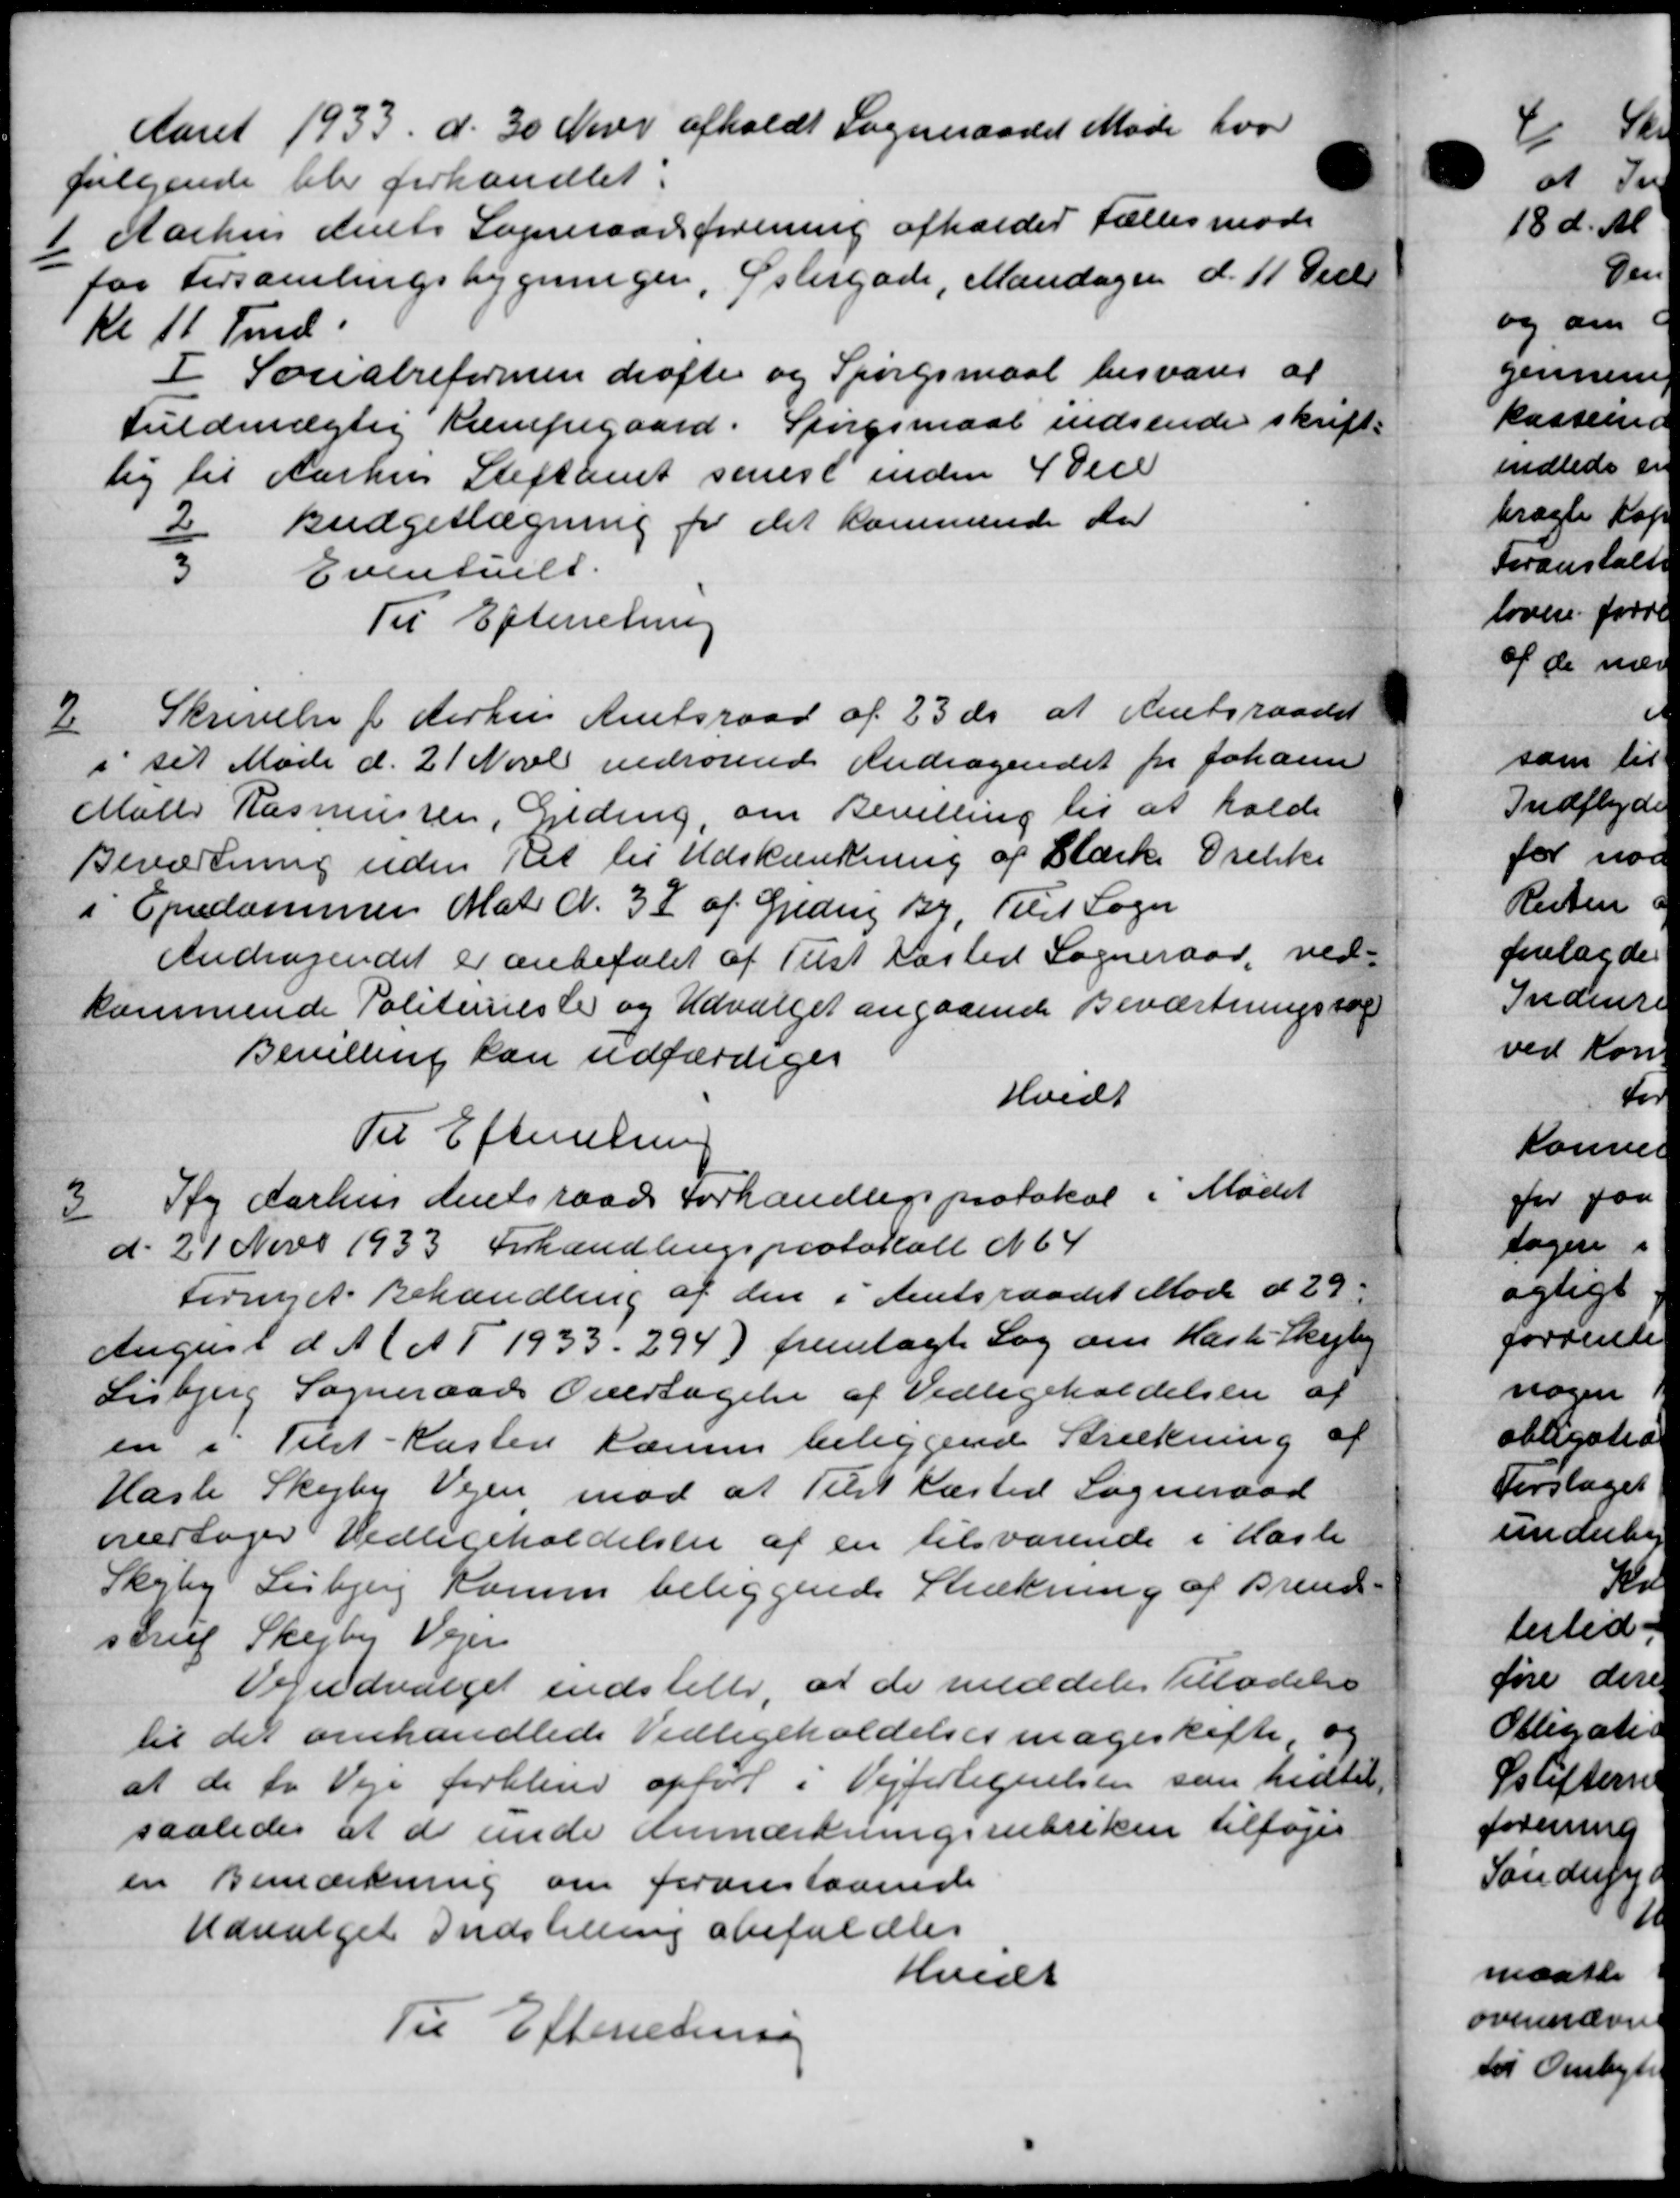
Transskription:
Aaret 1933 d. 30 Novr afholdt Sogneraadet Møde hvor
følgende blev forhandlet:
1
Aarhus Amts Sogneraadsforening afholder Fællesmøde
for Forsamlingsbygningen, Østergade, Mandagen d. 11 Decbr
Kl 11 Fmd.
I Socialreformen drøfte og Spørgsmaal besvares af
fuldmægtig Kæmpegaard. Spørgsmaal indsende skrift-
lig til Aarhus Stiftamt senest inden 4 dece
2 Budgeslægning for det kommende Aar
3 Eventuelt.
Til Efterretning
2
Skrivelse f Aarhus Amtsraad af 23 ds at Amtsraadet
i sit Møde d. 21 Novb vedrørende Andragendet fra Johanne
Maler Rasmussen, Geding, om Bevilling til at holde
Beværtning uden Ret til Udskænkning af Stærke Drikke
i Ejendommer Matr N. 37 af Gjedvig By. Tilst Sogn
Andragendet er anbefalet af Tilst Fæsted Sogneraad, ved-
kommende Politimester og Udvalget angaaende Beværtningssag
Bevilling kan udfærdiges
Hvidt
Til Efterretning

Ty Aarhus Amtsraads Forhandligsprotokol i Mødet
d. 21 Nov 1933 Forhandlingsprotokoll N 64
Fornyet Behandling af den i Amtsraadet Møde d 29
August d. A. (A 1 1933 - 294) fremlagte Sag om Hasle-Skejby
Lisbjerg Sogneraads Overtagelse af Vedligeholdelsen af
en i Tilst-Kasten Karen beliggende Strækning af
Hasle Skejby Vejen mod at Tilst Kæsted Sogneraad
overtager Vedligeholdelsen af en tilsvarende i Hasle
Skejby Lisbjerg Komm beliggende Strækning af Brend
strup Skejby Vejen
Vejudvalget indstille, at de meddeler Tilladelse
til det omhandlede Vedligeholdelsesmageskifte og
at de to Veje forblive opført i Vejfortegnelsen som hidtil
saaledes at de unde Anmærkningsrubriken tilføjes
en Bemærkning om foranstaaende
Udvalget Indstilling omefuldtes
Hvidt
Til Efterretning

or